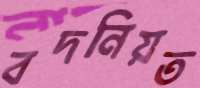
বদনিয়ত